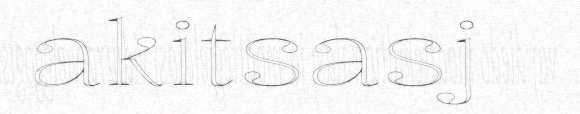
akitsasj